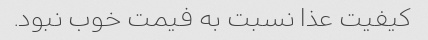
کیفیت عذا نسبت به فیمت خوب نبود.